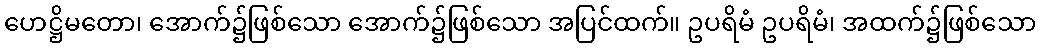
ဟေဋ္ဌိမတော၊ အောက်၌ဖြစ်သော အောက်၌ဖြစ်သော အပြင်ထက်။ ဥပရိမံ ဥပရိမံ၊ အထက်၌ဖြစ်သော